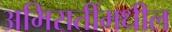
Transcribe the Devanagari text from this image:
अमिरातींमधील